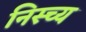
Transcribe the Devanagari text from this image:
निस्च्य